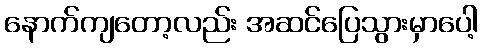
နောက်ကျတော့လည်း အဆင်ပြေသွားမှာပေါ့